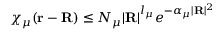
\chi _ { \mu } ( \mathbf { r } - \mathbf { R } ) \leq N _ { \mu } | \mathbf { R } | ^ { l _ { \mu } } e ^ { - \alpha _ { \mu } | \mathbf { R } | ^ { 2 } }